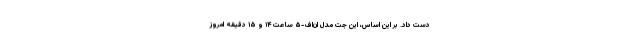
دست داد. بر این اساس، این جت مدل ان‌اف-۵ ساعت ۱۴ و ۱۵ دقیقه امروز